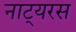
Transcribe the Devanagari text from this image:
नाट्यरस